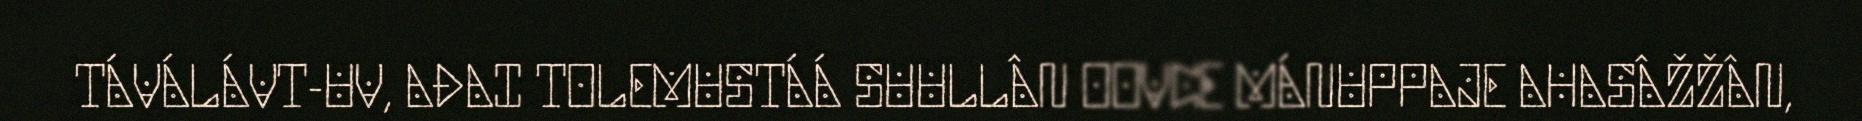
TÁVÁLÁVT-UV, AĐAI TOLEMUSTÁÁ SUULLÂN OOVCE MÁNUPPAJE AHASÂŽŽÂN,